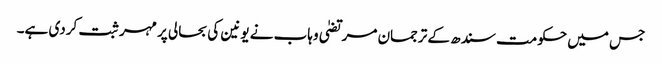
جس میں حکومت سندھ کے ترجمان مرتضیٰ وہاب نے یونین کی بحالی پر مہر ثبت کردی ہے۔